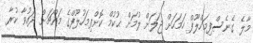
މާލެ ގެނެސްފިމަހްލޫފް ހަމަހަށް ޖަލަށް ލުމަށް ޙުކުމް ކޮށްފިމަހުލޫފްގެ މައްޗަށް ދައުވާ ކުރާ